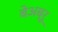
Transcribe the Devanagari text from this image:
बेअब्रू